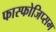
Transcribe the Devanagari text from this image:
फास्फोजिप्सम